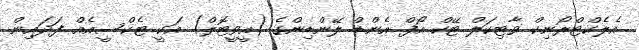
އެލެކްޓްރޯނިކް ވާޓިކަލް ޓޭކް އޯފް އެންޑް ލޭންޑިންގެ (އީވީޓޮލް) އަކީ ޓެކްސީއެއް ފަދައިން